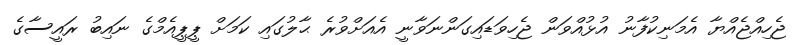
ޖެހިއްޖެއްޔާ އެމަނިކުފާނު އުޅުއްވަން ޖެހިވަޑައިގަންނަވާނީ އެއަށްވުރެ ޙާލުގައި ކަމަށް ޕީޕީއެމްގެ ނައިބު ރަައީސާގެ